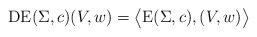
LaTeX: \begin{align*}\mathrm{DE}(\Sigma,c)(V,w)= \big\langle \mathrm{E}(\Sigma,c) , (V,w) \big\rangle\end{align*}